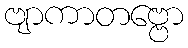
ဗျာကာတဗ္ဗော